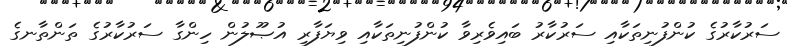
ސަރުކާރުގެ ކުންފުނިތަކާއި ސަރުކާރު ބައިވެރިވާ ކުންފުނިތަކާއި ވިޔަފާރި އުޞޫލުން ހިންގާ ސަރުކާރުގެ ތަންތާނގެ